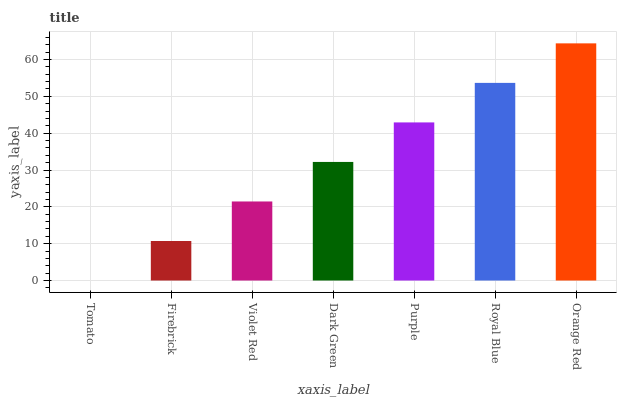
| xaxis_label | bars |
 | --- | --- |
 | Tomato | 0 |
 | Firebrick | 10.7 |
 | Violet Red | 21.5 |
 | Dark Green | 32.2 |
 | Purple | 42.9 |
 | Royal Blue | 53.7 |
 | Orange Red | 64.4 |